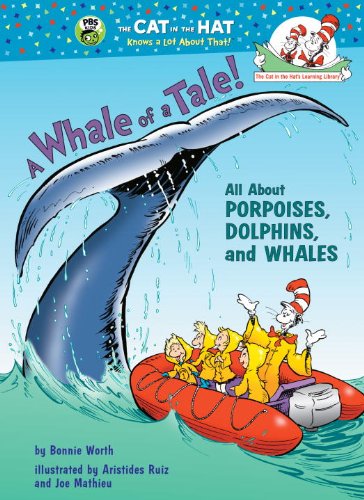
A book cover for A Whale of a Tale!: All About Porpoises, Dolphins, and Whales (Cat in the Hat's Learning Library); Bonnie Worth; Children's Books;